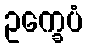
ဥက္ခေပံ